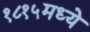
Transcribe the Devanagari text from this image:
१८१५मध्ये